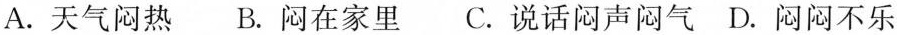
A.天气闷热 B.闷在家里C.说话闷声闷气D.闷闷不乐